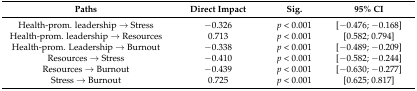
| Paths | Direct Impact | Sig. | 95% CI |
 | --- | --- | --- | --- |
 | Health-prom. leadership → Stress | −0.326 | p < 0.001 | [−0.476; −0.168] |
 | Health-prom. leadership → Resources | 0.713 | p < 0.001 | [0.582; 0.794] |
 | Health-prom. Leadership → Burnout | −0.338 | p < 0.001 | [−0.489; −0.209] |
 | Resources → Stress | −0.410 | p < 0.001 | [−0.582; −0.244] |
 | Resources → Burnout | −0.439 | p < 0.001 | [−0.630; −0.277] |
 | Stress → Burnout | 0.725 | p < 0.001 | [0.625; 0.817] |